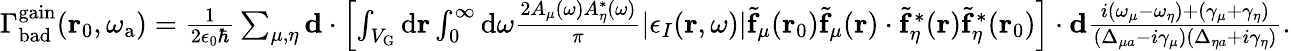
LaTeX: \begin{array}{r}{\Gamma_{\mathrm{bad}}^{\mathrm{gain}}(\mathbf{r}_{0},\omega_{\mathrm{a}})=\frac{1}{2\epsilon_{0}\hbar}\sum_{\mu,\eta}\mathbf{d}\cdot\left[\int_{V_{\mathrm{G}}}{\mathrm d}{\mathbf r}\int_{0}^{\infty}{\mathrm d}\omega\frac{2A_{\mu}(\omega)A_{\eta}^{*}(\omega)}{\pi}|\epsilon_{I}(\mathbf{r},\omega)|\tilde{\mathbf{f}}_{\mu}(\mathbf{r}_{0})\tilde{\mathbf{f}}_{\mu}(\mathbf{r})\cdot\tilde{\mathbf{f}}_{\eta}^{*}(\mathbf{r})\tilde{\mathbf{f}}_{\eta}^{*}(\mathbf{r}_{0})\right]\cdot\mathbf{d}\frac{i(\omega_{\mu}-\omega_{\eta})+(\gamma_{\mu}+\gamma_{\eta})}{(\Delta_{\mu a}-i\gamma_{\mu})(\Delta_{\eta a}+i\gamma_{\eta})}.}\end{array}